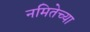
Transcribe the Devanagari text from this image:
नमितेच्या